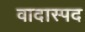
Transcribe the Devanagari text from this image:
वादास्पद